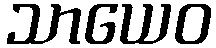
သာယေဝ